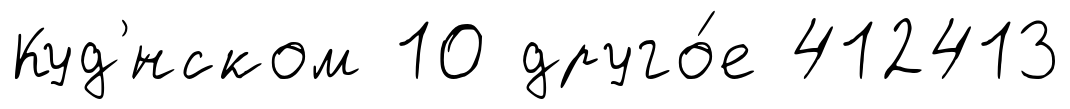
Куд'́нском 10 друго́е 412413